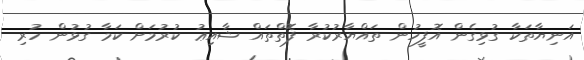
އަނިޔާތަކާ ގުޅިގެން އޮފީހުން ތައްޔާރުކުރާ ފޮތްތައް ޝާއިޢު ކުރުމަށް ކަމާ ގުޅުން ހުރި